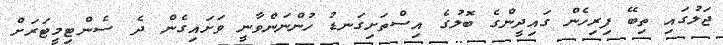
ޖަލުގައި ތިބޭ ފިރިހެން ގައިދީންގެ ބޮލުގެ އިސްތަށިގަނޑު ހުންނަންވާނީ ވަށައިގެން ދެ ސެންޓިމީޓަރަށް